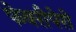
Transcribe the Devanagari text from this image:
फेवरीपेरो